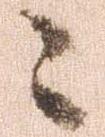
々